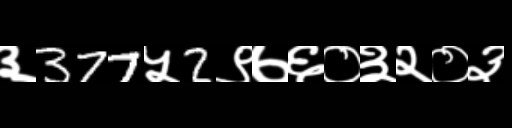
Text: ३377५2९७६०३२०३